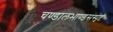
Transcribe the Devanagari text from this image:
चण्डालभाण्डसंस्पृष्टं